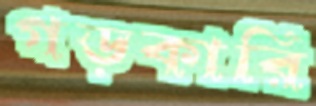
গড়কারি